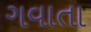
ગવાતા